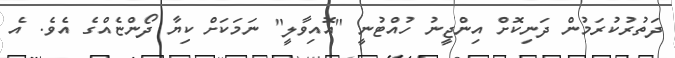
ދަތުރުކުރަމުން ދަނިކޮށް އިންޖީނު ހުއްޓުނީ "އޮއިވާލީ" ނަމަކަށް ކިޔާ ދޯންޏެއްގެ އެވެ. އެ